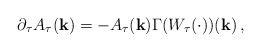
\begin{align*}& \partial_\tau A_\tau(\mathbf{k}) = -A_\tau(\mathbf{k}) \Gamma(W_\tau(\cdot))(\mathbf{k})\, ,\end{align*}